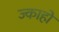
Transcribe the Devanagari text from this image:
ज्काहो